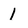
Character: 1